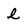
Character: l